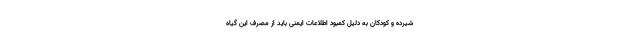
شیرده و کودکان به دلیل کمبود اطلاعات ایمنی باید از مصرف این گیاه